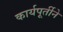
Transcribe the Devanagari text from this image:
कार्यपूर्तीने